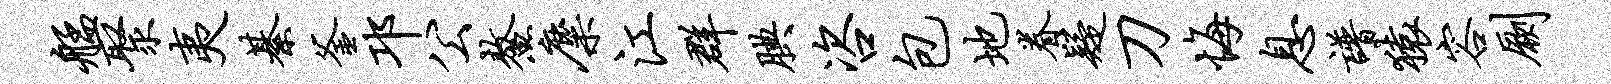
艋聚夷綦釜邛公鳌麋江群腆咨包地眷疑刀悔息谱猿容劂